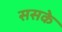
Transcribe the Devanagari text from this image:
ससके